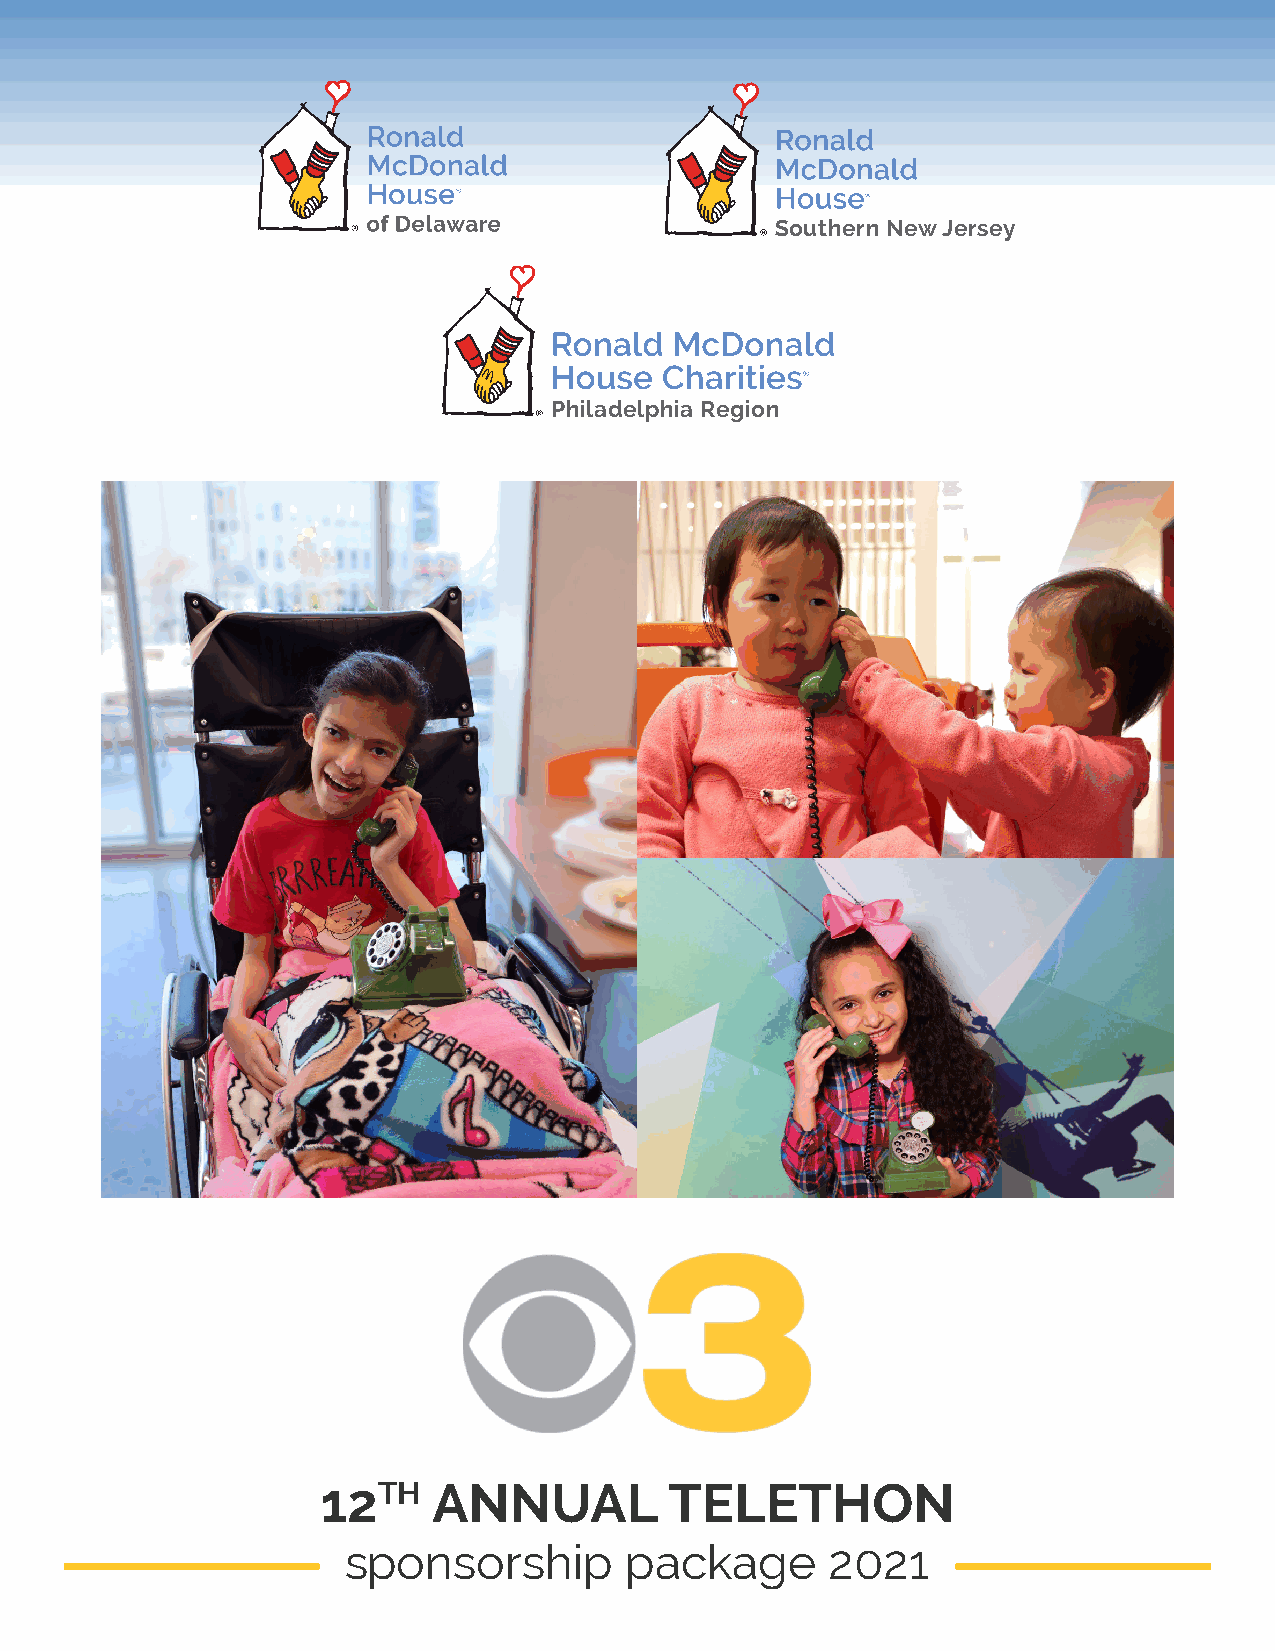
Southern New Jersey
 Philadelphia Region
 12TH    ANNUAL         TELETHON
 sponsorship       package       2021